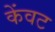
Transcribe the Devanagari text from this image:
केंवट